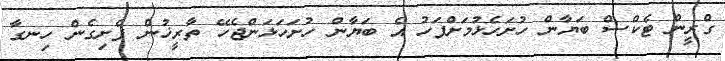
ގްރީން ޓެކްސް ބަޔާން ހުށަހެޅުމަށްފަހު އެ ބަޔާން ހުށަހަޅަންޖެހޭ ތާރީޚުން ފެށިގެން ހިނގާ